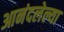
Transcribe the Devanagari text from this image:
आनंदलेल्या